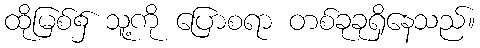
ထိုမြစ်၌ သူ့ကို ပြောစရာ တစ်ခုခုရှိနေသည်။